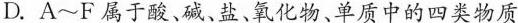
D.A~F属于酸、碱、盐、氧化物、单质中的四类物质